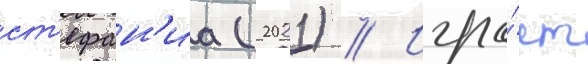
ст'ефан'иа (2021) // Игра́ет